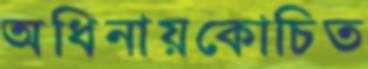
অধিনায়কোচিত